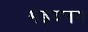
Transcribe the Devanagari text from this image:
मेइयनग